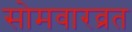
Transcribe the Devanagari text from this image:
सोमवारव्रत